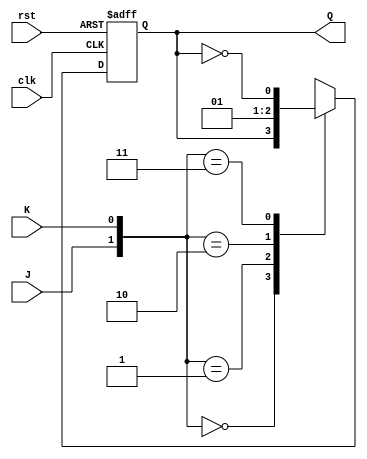
module JK_flip_flop(Q,J,K,clk,rst);
    output reg Q;
    input J,K,clk,rst;
    always@(posedge clk,negedge rst)
        if(rst==0) Q<=0;
        else
            case({J,K})
                2'b00:Q<=Q;
                2'b01:Q<=0;
                2'b10:Q<=1;
                2'b11:Q<=(~Q);
            endcase
endmodule
module counter(
    output A,B,C,
    input clk,rst
);
    JK_flip_flop f0(A,B,B,clk,rst);
    JK_flip_flop f1(B,C,1,clk,rst);
    JK_flip_flop f2(C,~B,1,clk,rst);
endmodule